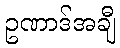
ဥဏာဒ်အချီ